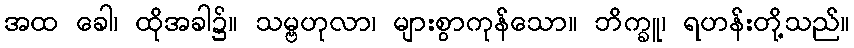
အထ ခေါ၊ ထိုအခါ၌။ သမ္ဗဟုလာ၊ များစွာကုန်သော။ ဘိက္ခူ၊ ရဟန်းတို့သည်။